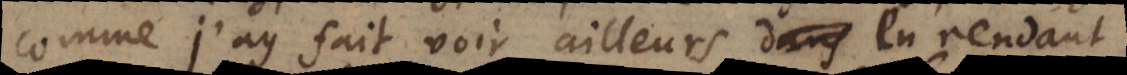
comme j’ay fait voir ailleurs en rendant